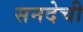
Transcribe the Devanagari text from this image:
सनदेची